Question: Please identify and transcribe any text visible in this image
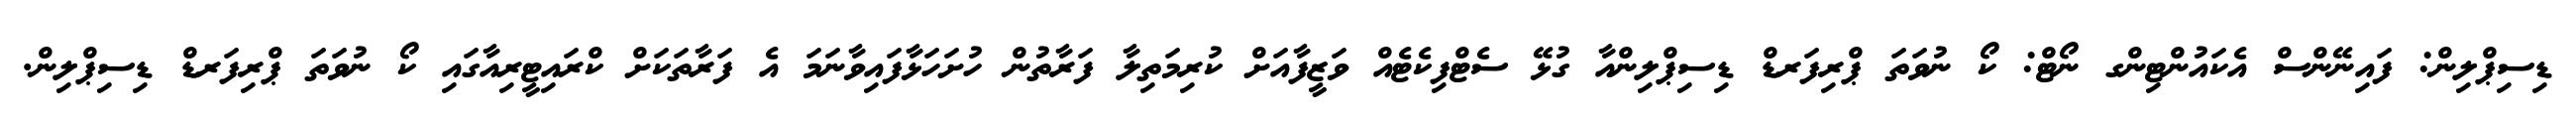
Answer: ޑިސިޕްލިން: ފައިނޭންސް އެކައުންޓިންގ ނޯޓް: ކޯ ނުވަތަ ޕްރިފަރޑް ޑިސިޕްލިންއާ ގުޅޭ ސެޓްފިކެޓެއް ވަޒީފާއަށް ކުރިމަތިލާ ފަރާތުން ހުށަހަޅާފައިވާނަމަ އެ ފަރާތަކަށް ކްރައިޓީރިއާގައި ކޯ ނުވަތަ ޕްރިފަރޑް ޑިސިޕްލިން.